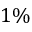
1 \%